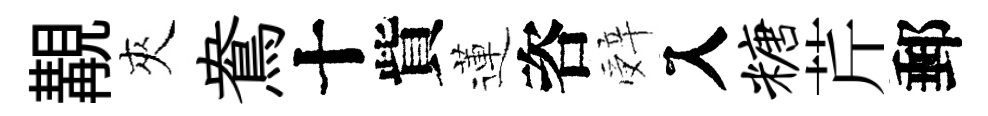
覯夾鴦十貲蓮咨辤入糖芹郵